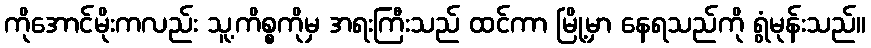
ကိုအောင်မိုးကလည်း သူ့ကိစ္စကိုမှ အရးကြီးသည် ထင်ကာ မြို့မှာ နေရသည်ကို ရွံမုန်းသည်။